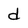
Character: d